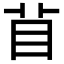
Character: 𥄕